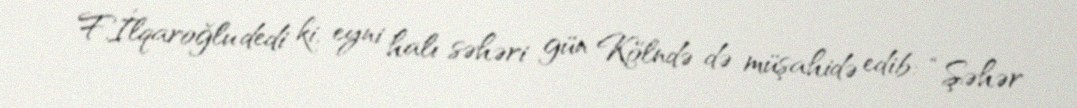
F.İlqaroğlu dedi ki, eyni halı səhəri gün Kölndə də müşahidə edib: “Şəhər